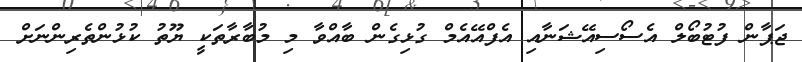
ޖަޕާން ފުޓުބޯލް އެސޯސިއޭޝަނާއި އެފްއޭއެމް ގުޅިގެން ބާއްވާ މި މުބާރާތަކީ ޔޫތު ކުޅުންތެރިންނަށް